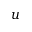
\boldsymbol { u }